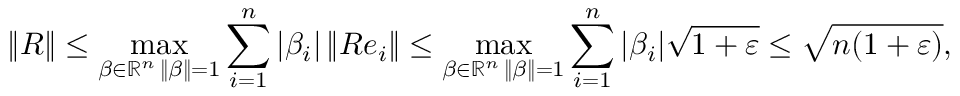
\| R \| \leq \operatorname* { m a x } _ { \substack { \beta \in \mathbb { R } ^ { n } \, \| \beta \| = 1 } } \sum _ { i = 1 } ^ { n } | \beta _ { i } | \, \| R e _ { i } \| \leq \operatorname* { m a x } _ { \substack { \beta \in \mathbb { R } ^ { n } \, \| \beta \| = 1 } } \sum _ { i = 1 } ^ { n } | \beta _ { i } | \sqrt { 1 + \varepsilon } \leq \sqrt { n ( 1 + \varepsilon ) } ,